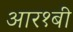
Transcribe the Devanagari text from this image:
आर१बी